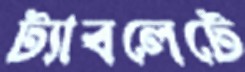
ট্যাবলেটে